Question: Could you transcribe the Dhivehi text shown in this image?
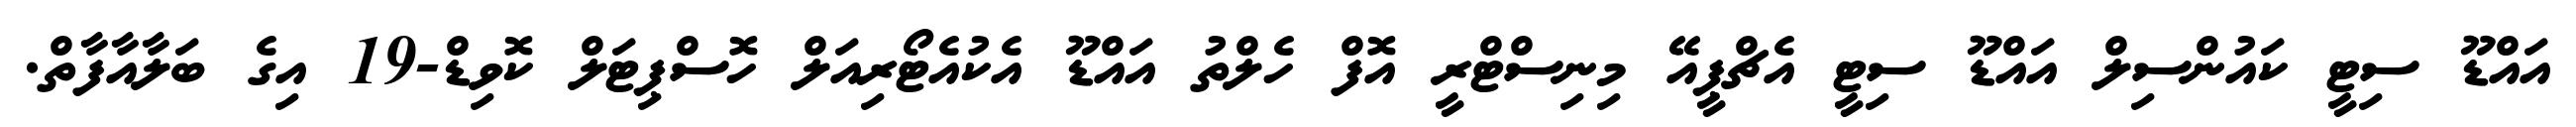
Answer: އައްޑޫ ސިޓީ ކައުންސިލް އައްޑޫ ސިޓީ އެޗްޕީއޭ މިނިސްޓްރީ އޮފް ހެލްތު އައްޑޫ އެކުއެޓޯރިއަލް ހޮސްޕިޓަލް ކޮވިޑް-19 އިގެ ބަލާއާފާތް.